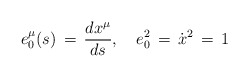
\begin{align*}e^\mu _0(s) \,=\,\frac{dx^\mu}{ds}, \quad e_0^2\,=\,\dot x^2\,=\,1\end{align*}